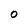
Character: O